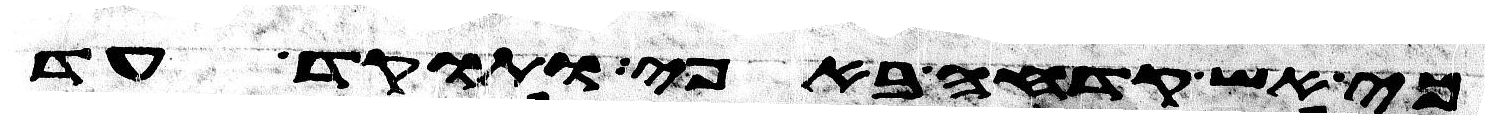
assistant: כי אש קדחה באפי ותוקד עד